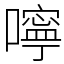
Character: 嚀